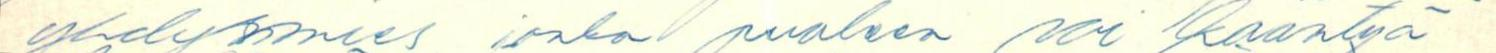
yhdysmies, jonka puoleen voi kääntyä